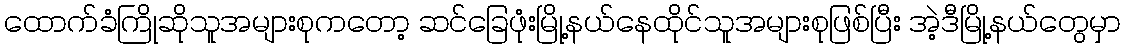
ထောက်ခံကြိုဆိုသူအများစုကတော့ ဆင်ခြေဖုံးမြို့နယ်နေထိုင်သူအများစုဖြစ်ပြီး အဲ့ဒီမြို့နယ်တွေမှာ